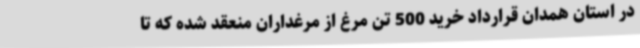
در استان همدان قرارداد خرید 500 تن مرغ از مرغداران منعقد شده که تا